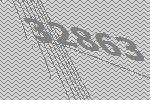
32863